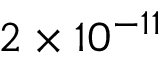
2 \times 1 0 ^ { - 1 1 }